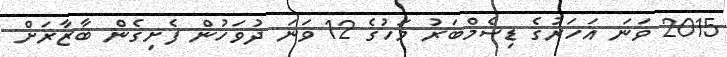
2015 ވަނަ އަހަރުގެ ޑިސެމްބަރު މަހުގެ 12 ވަނަ ދުވަހުން ފެށިގެން ބާޒާރަށް